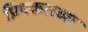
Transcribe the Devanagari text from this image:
प्रियकराच्या